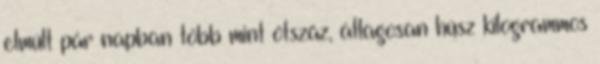
elmúlt pár napban több mint ötszáz, átlagosan húsz kilogrammos